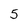
Character: 5